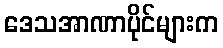
ဒေသအာဏာပိုင်များက